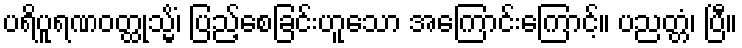
ပရိပူရဏဝတ္ထုသ္မိံ၊ ပြည့်စေခြင်းဟူသော အကြောင်းကြောင့်။ ပညတ္တံ၊ ပြီ။